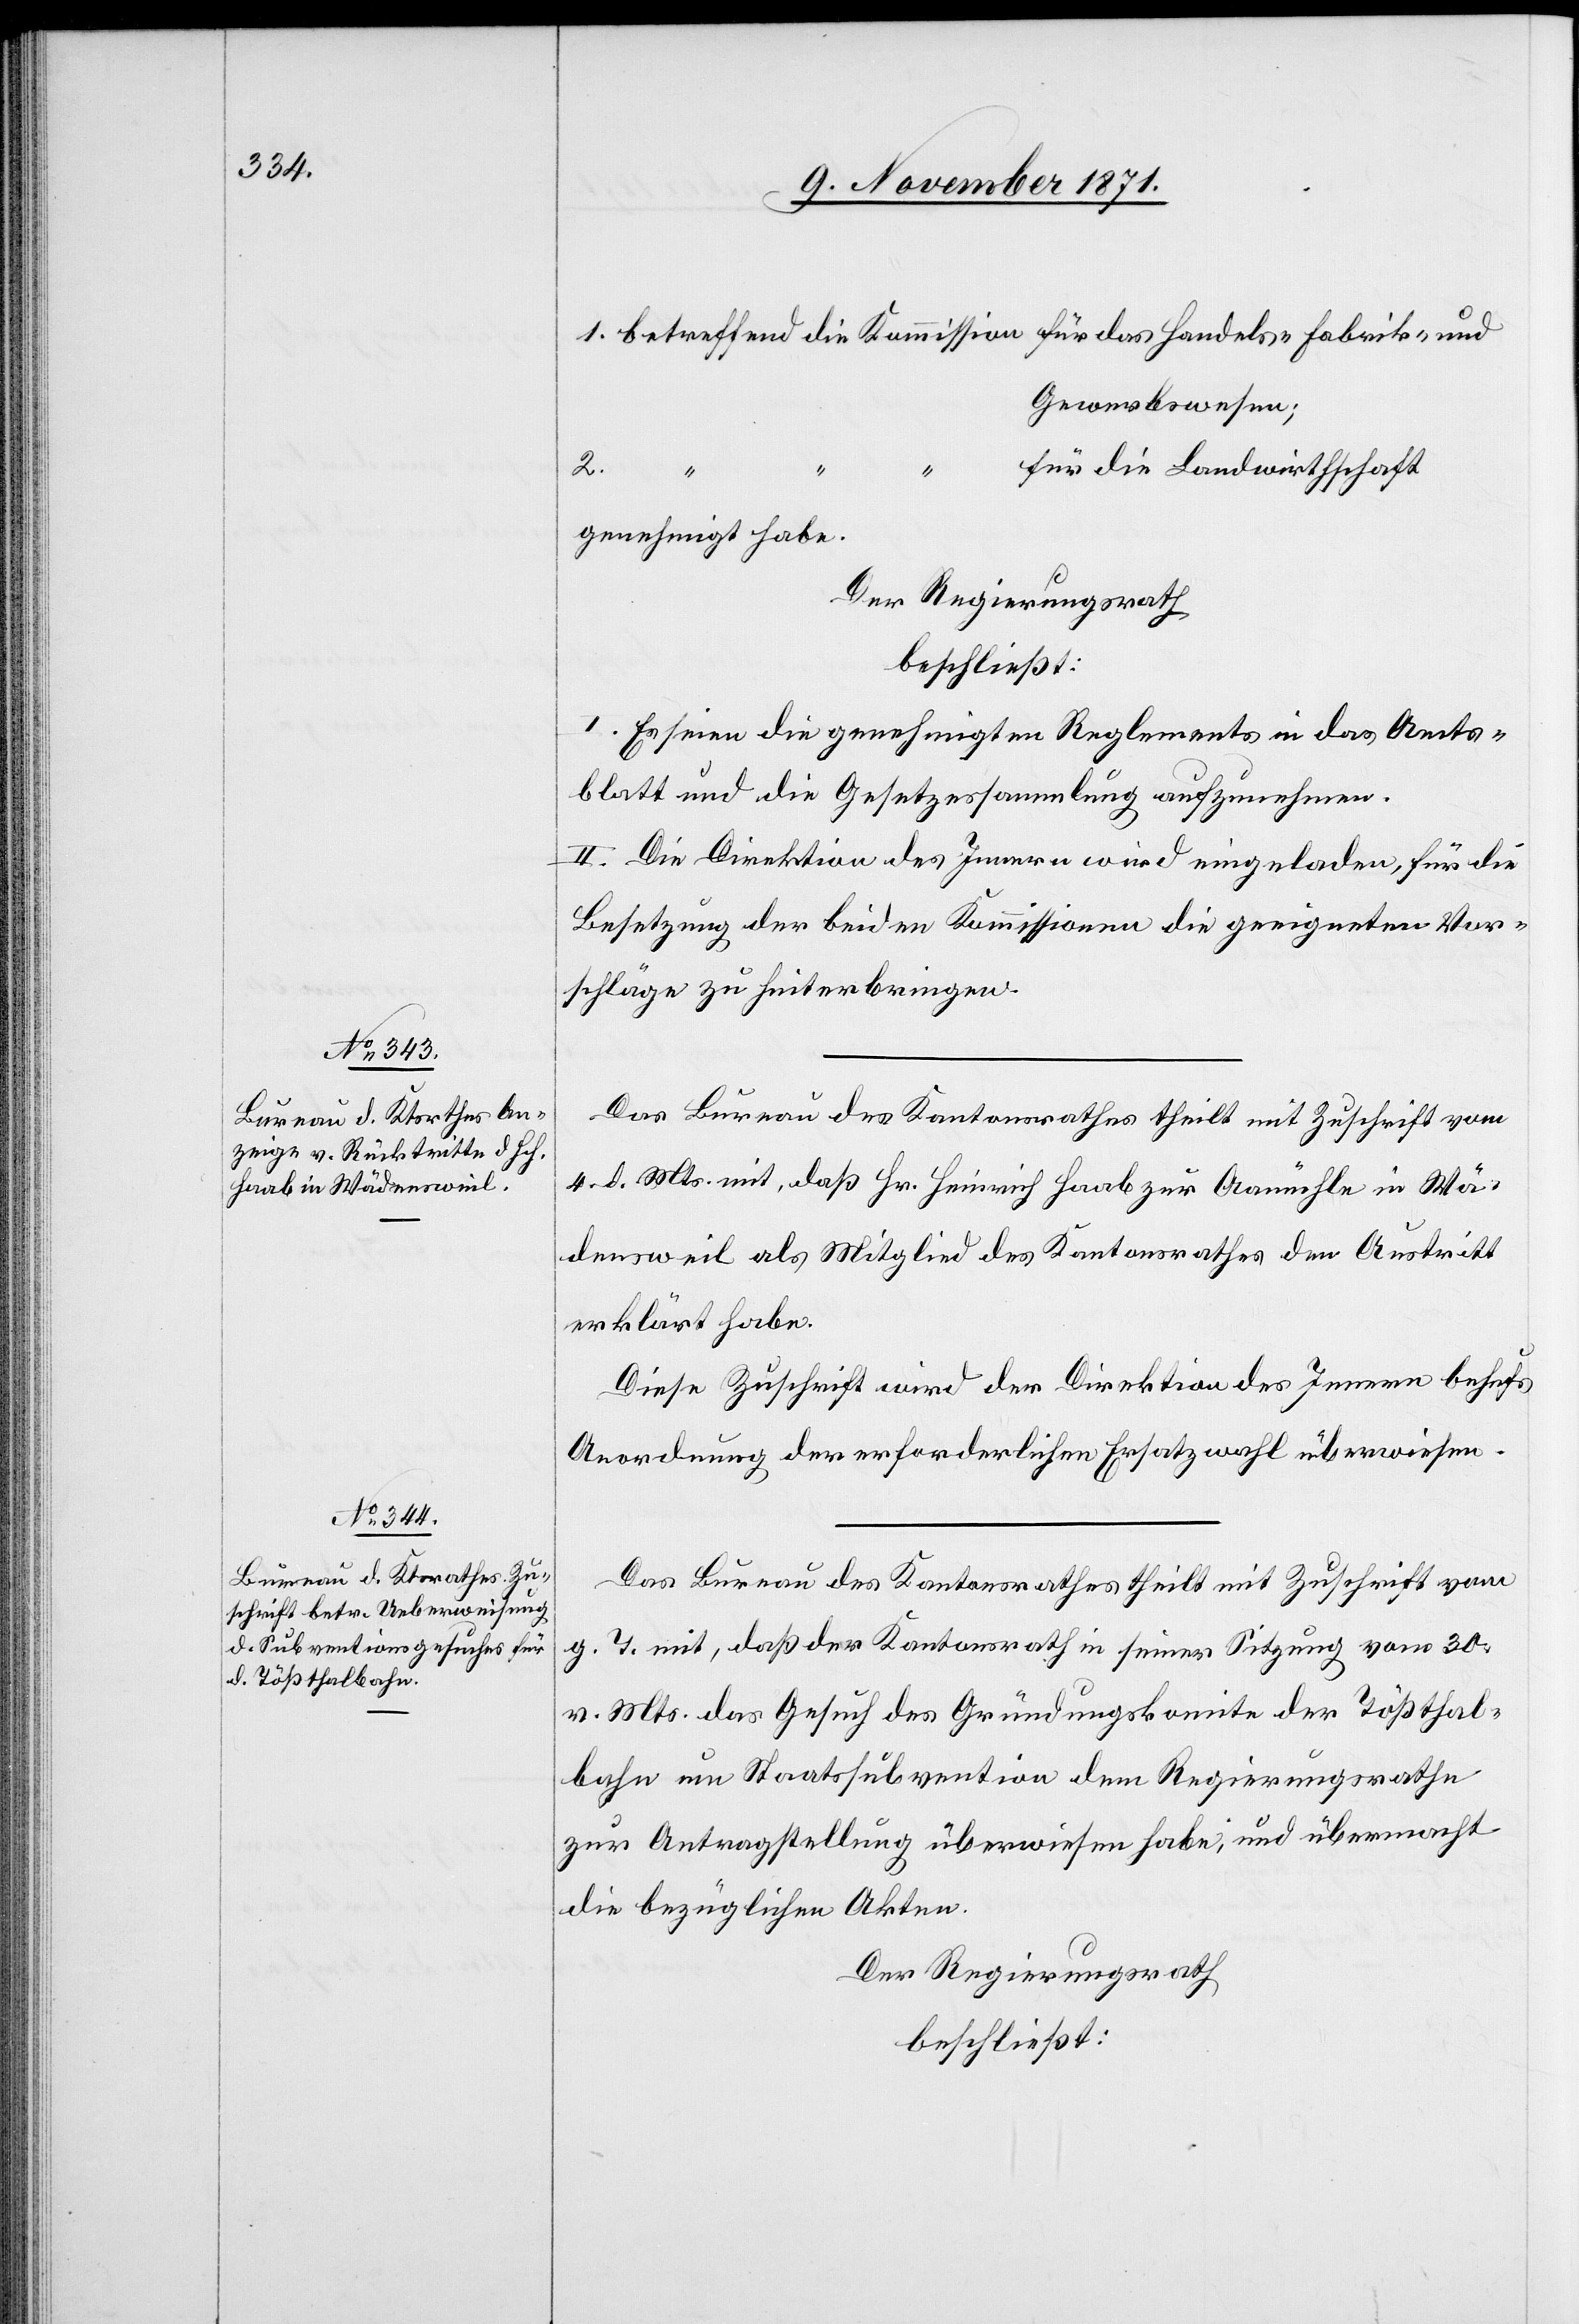
1. betreffend die Kommission für das Handels-[,] Fabrik- und
Gewerbewesen;
für die Landwirthschaft
2.
genehmigt habe.
Der Regierungsrath
beschließt:
I. Es seien die genehmigten Reglemente in das Amts¬
blatt und die Gesetzessammlung aufzunehmen.
II. Die Direktion des Innern wird eingeladen, für die
Besetzung der beiden Kommissionen die geeigneten Vor¬
schläge zu hinterbringen.
Das Bureau des Kantonsrathes theilt mit Zuschrift vom
4. d. Mts. mit, daß Hr. Heinrich Haab zur Aamühle in Wä¬
densweil als Mitglied des Kantonsrathes den Austritt
erklärt habe.
Diese Zuschrift wird der Direktion des Innern behufs
Anordnung der erforderlichen Ersatzwahl überwiesen.
Das Bureau des Kantonsrathes theilt mit Zuschrift vom
g. T. mit, daß der Kantonsrath in seiner Sitzung vom 30.
v. Mts. das Gesuch des Gründungskomite der Tößthal¬
bahn um Staatssubvention dem Regierungsrathe
zur Antragstellung überwiesen habe, und übermacht
die bezüglichen Akten.
Der Regierungsrath
beschließt: